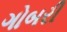
ગોબરી